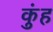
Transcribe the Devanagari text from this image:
कुंह